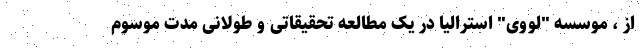
از ، موسسه "لووی" استرالیا در یک مطالعه تحقیقاتی و طولانی مدت موسوم